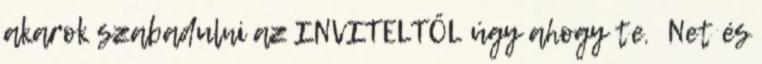
akarok szabadulni az INVITELTŐL úgy ahogy te. Net és